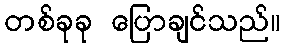
တစ်ခုခု ပြောချင်သည်။